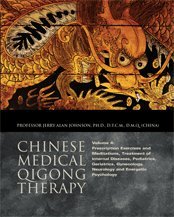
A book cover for Chinese Medical Qigong Therapy Volume 4; Dr Jerry Alan Johnson; Health, Fitness & Dieting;